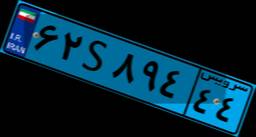
۶۲S۸۹۴۴۴